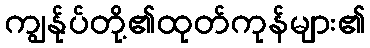
ကျွန်ုပ်တို့၏ထုတ်ကုန်များ၏